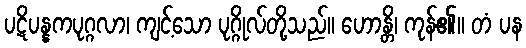
ပဋိပန္နကပုဂ္ဂလာ၊ ကျင့်သော ပုဂ္ဂိုလ်တို့သည်။ ဟောန္တိ၊ ကုန်၏။ တံ ပန